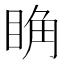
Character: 𥆌